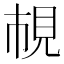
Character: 𧠎